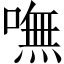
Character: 嘸